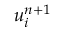
u _ { i } ^ { n + 1 }